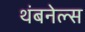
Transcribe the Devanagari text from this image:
थंबनेल्स